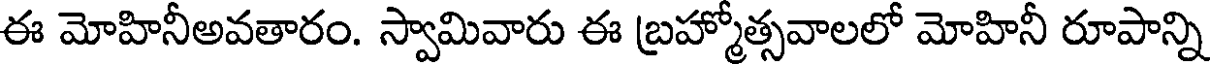
ఈ మోహినీఅవతారం. స్వామివారు ఈ బ్రహ్మోత్సవాలలో మోహినీ రూపాన్ని